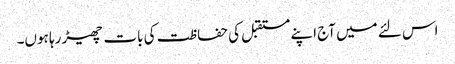
اس لئے میں آج اپنے مستقبل کی حفاظت کی بات چھیڑ رہا ہوں۔